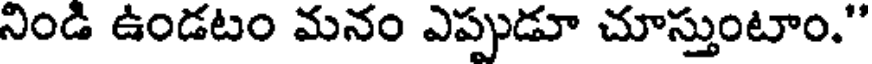
నిండి ఉండటం మనం ఎప్పుడూ చూస్తుంటాం."